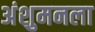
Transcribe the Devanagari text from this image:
अंशुमनला